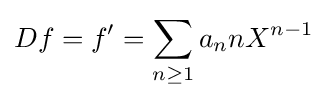
Df=f'=\sum _{n\geq 1}a_{n}nX^{n-1}